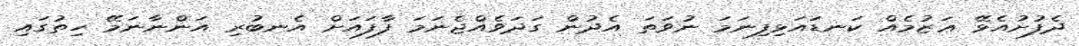
ދެފުށުއެޅޭ ޢަޒުމެއް ކަނޑައަޅިފިނަމަ ނުވަތަ އެދުން ގަދަވެއްޖެނަމަ ފާފައަށް އެނބުރި އަންނާނަމޭ ހިތުގައި